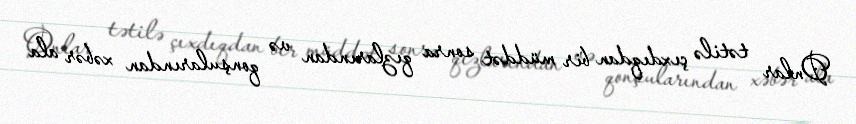
Onlar tətilə çıxdıqdan bir müddət sonra qızlarından və qonşularından xəbər ala